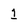
Character: 1